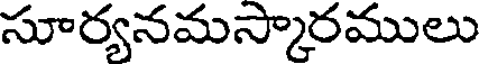
సూర్యనమస్కారములు